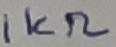
Text: 1KΩ